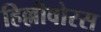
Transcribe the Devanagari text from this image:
हिल्लीवोरस